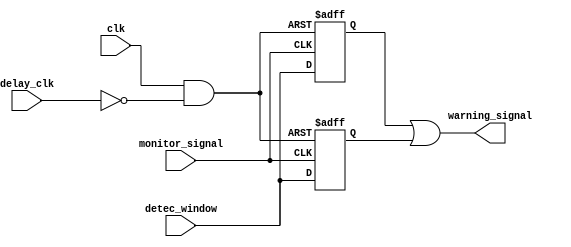
module monitor(
    input detec_window,
    input monitor_signal,
    input clk,
    input delay_clk,
    output wire warning_signal
    );
    
    reg Q1;
    reg Q2;

    wire reset;
    assign reset = clk & (~delay_clk);

    always @(posedge monitor_signal or posedge reset) begin
        if (reset) begin
            Q1 <= 1'b0;
        end
        else begin
            Q1 <= detec_window;
        end
    end

always @(posedge ~monitor_signal or posedge reset) begin
        if (reset) begin
            Q2 <= 1'b0;
        end
        else begin
            Q2 <= detec_window;
        end
    end


    assign warning_signal = Q1 | Q2;

endmodule